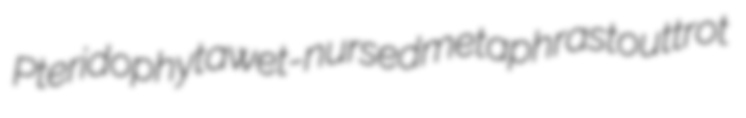
Pteridophyta wet-nursed metaphrast outtrot